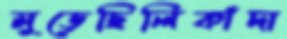
মুড়েছিলিকাঁদা